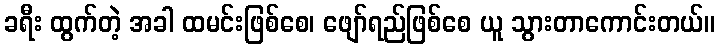
ခရီး ထွက်တဲ့ အခါ ထမင်းဖြစ်စေ၊ ဖျော်ရည်ဖြစ်စေ ယူ သွားတာကောင်းတယ်။